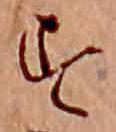
す